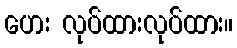
ဟေး လုပ်ထားလုပ်ထား။